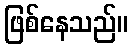
ဖြစ်နေသည်။